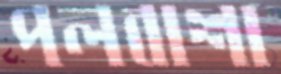
পলবাশা